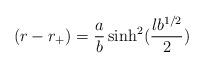
LaTeX: \begin{align*}(r-r_+)={a\over b} \sinh^2 ({lb^{1/2}\over 2})\end{align*}